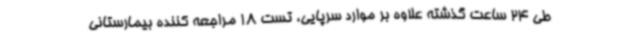
طی 24 ساعت گذشته علاوه بر موارد سرپایی، تست 18 مراجعه کننده بیمارستانی